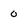
Character: 0